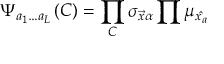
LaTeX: \Psi _ { a _ { 1 } \ldots a _ { L } } \left( C \right) = \prod _ { C } { \sigma _ { \vec { x } \alpha } } \prod { \mu _ { \hat { x _ { a } } } }